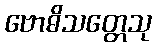
ဗောဓိသတ္တေသု